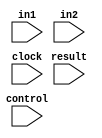
module ALU(
    input [15:0] in1,
    input [15:0] in2,
    input [2:0] control,
    input clock,
    input result
    );

always @ (posedge clock)
begin
	case(control)
	/*and*/0: result = a & b;
	/*or*/1: result = a | b;
	/*add*/2: result = a + b;
	/*sub*/3: result = a - b;
	/*sl*/4: result = a << b;//signed?
	/*sr*/5: result = a >> b;
	/*slt*/6: result = (a - b < 0) ? 	1 : 0;
	endcase
end

endmodule